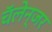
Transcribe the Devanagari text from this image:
चॅलेन्जर